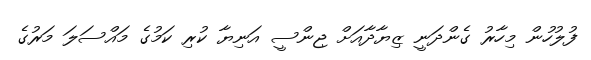
ފުލުހުން މިހާރު ގެންދަނީ ޒިޔާދާއަށް ޖިންސީ އަނިޔާ ކުރި ކަމުގެ މައްސަލަ މަރުުގެ